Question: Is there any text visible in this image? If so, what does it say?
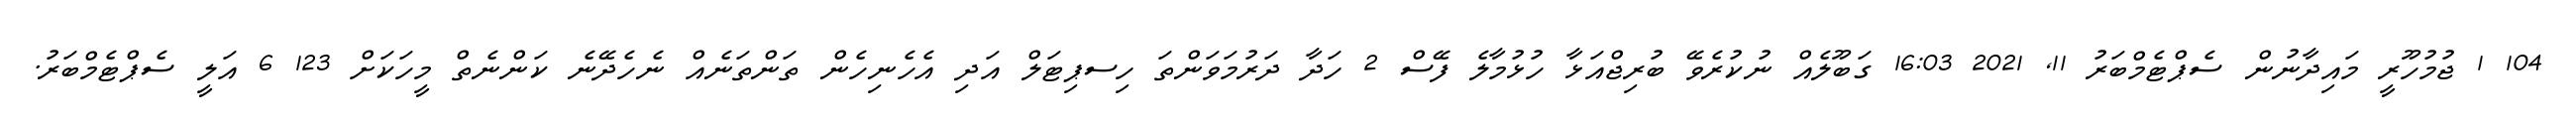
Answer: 104 1 ޖުމުހޫރީ މައިދާނުން ސެޕްޓެމްބަރު 11, 2021 16:03 ގަބޫލެއް ނުކުރެވޭ ބުރިޖްއަޅާ ހުޅުމާލެ ފޭސް 2 ހަދާ ދަރުމަވަންތަ ހިސޕިޓަލް އަދި އެހެނިހެން ތަންތަނެއް ނެހެދޭނެ ކަންނެތް މީހަކަށް 123 6 އަލީ ސެޕްޓެމްބަރު.